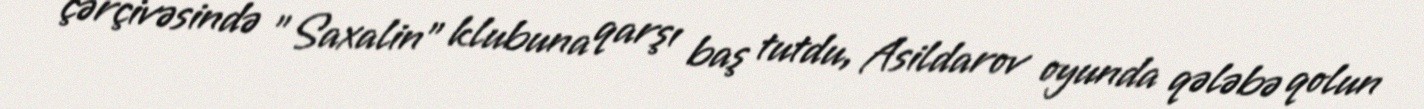
çərçivəsində "Saxalin" klubuna qarşı baş tutdu, Asildarov oyunda qələbə qolun